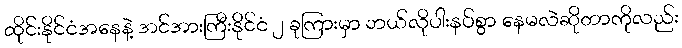
ထိုင်းနိုင်ငံအနေနဲ့ အင်အားကြီးနိုင်ငံ ၂ ခုကြားမှာ ဘယ်လိုပါးနပ်စွာ နေမလဲဆိုတာကိုလည်း